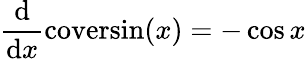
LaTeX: {\frac{\mathrm{d}}{\mathrm{d}x}}\mathrm{coversin}(x)=-\cos{x}